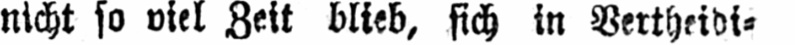
nicht so viel Zeit blieb, sich in Vertheidi⸗